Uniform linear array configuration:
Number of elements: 16
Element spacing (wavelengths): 0.25
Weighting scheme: blackman
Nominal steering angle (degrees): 45
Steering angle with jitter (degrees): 45.012
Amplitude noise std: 0.05
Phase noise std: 0.05

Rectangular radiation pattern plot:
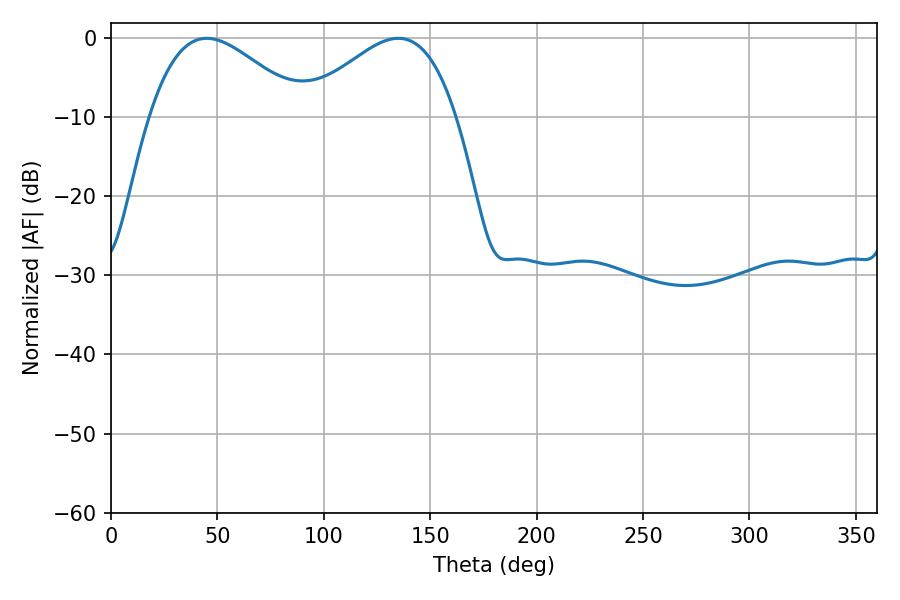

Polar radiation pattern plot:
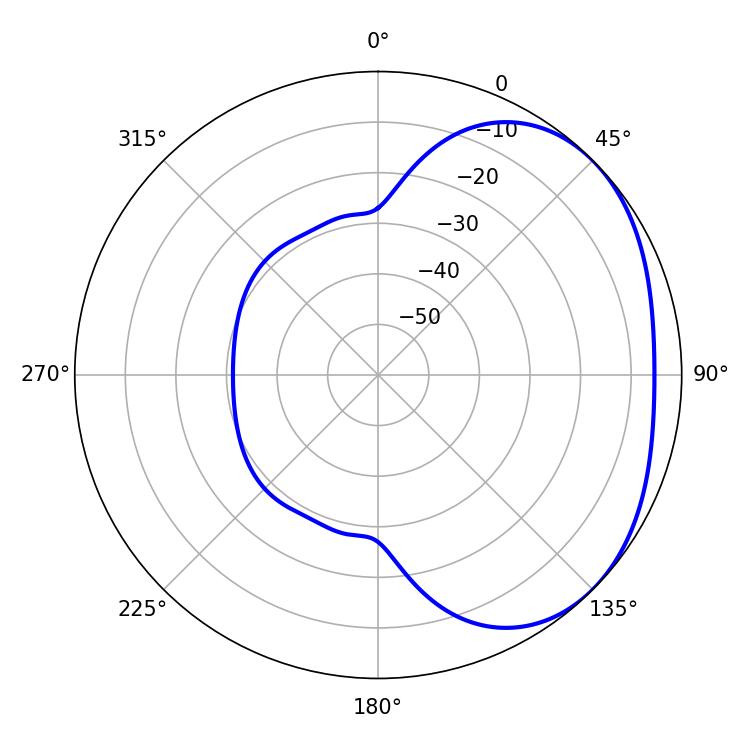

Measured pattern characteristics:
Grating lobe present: FALSE
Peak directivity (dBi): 2.569
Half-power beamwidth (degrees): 39.06
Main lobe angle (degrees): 45